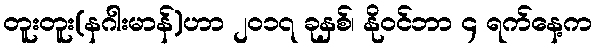
တူးတူး(နဂါးမာန်)ဟာ ၂၀၁၇ ခုနှစ်၊ နိုဝင်ဘာ ၄ ရက်နေ့က